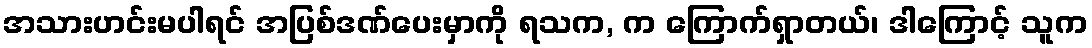
အသားဟင်းမပါရင် အပြစ်ဒဏ်ပေးမှာကို ရသက, က ကြောက်ရှာတယ်၊ ဒါကြောင့် သူက